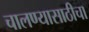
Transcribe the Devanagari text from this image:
चालण्यासाठीचा